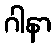
ဂါနာ